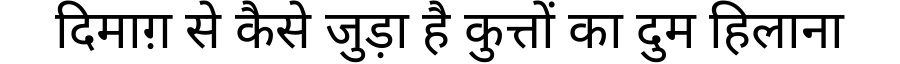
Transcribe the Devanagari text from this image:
दिमाग़ से कैसे जुड़ा है कुत्तों का दुम हिलाना